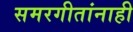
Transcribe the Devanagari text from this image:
समरगीतांनाही